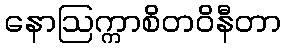
နောဩက္ကာစိတဝိနီတာ